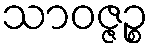
သာဝဇ္ဇဉ္စ